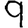
Digit: 9